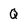
Character: Q